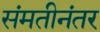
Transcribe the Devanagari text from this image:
संमतीनंतर